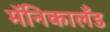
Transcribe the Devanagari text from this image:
मॅनिकालँड